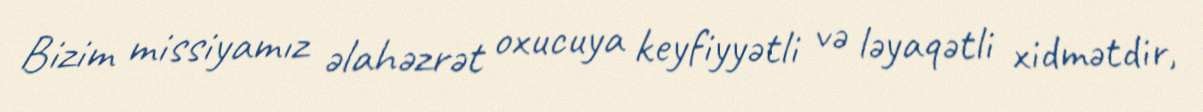
Bizim missiyamız əlahəzrət oxucuya keyfiyyətli və ləyaqətli xidmətdir,